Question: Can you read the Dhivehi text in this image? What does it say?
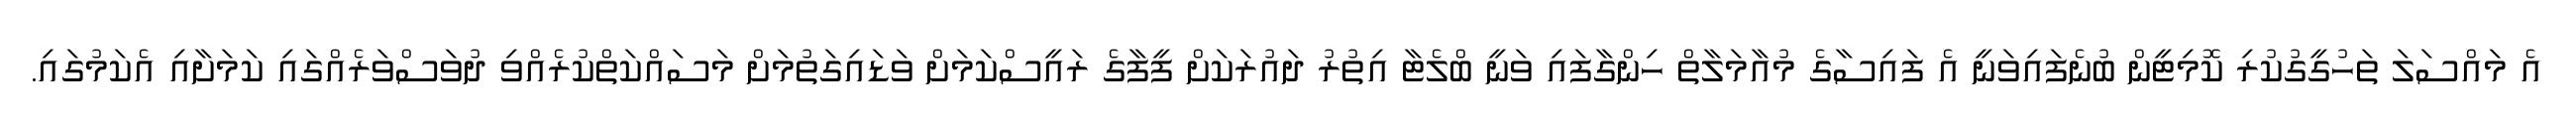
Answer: އެ މައްސަލަ ތަހުގީގުކުރި ކޮމިޓީން ބުނެފައިވަނީ އެ ފައިސާގެ މުއާމަލާތް ހިންގާފައި ވަނީ ބްލެޓާ އިތުރު ދައުރަކަށް ފީފާގެ ރައީސްކަމަށް ވަޑައިގަތުމަށް މަސައްކަތްކުރެއްވި ދުވަސްވަރެއްގައި ކަމަށާއި އެކަމުގައި.